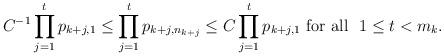
LaTeX: \begin{align*}C^{-1}\prod_{j=1}^tp_{k+j,1}\leq\prod_{j=1}^t{p_{k+j, n_{k+j}}}\leq C\prod_{j=1}^tp_{k+j,1}\,\,\mbox{for all\,\, $1\leq t<m_k$.}\end{align*}